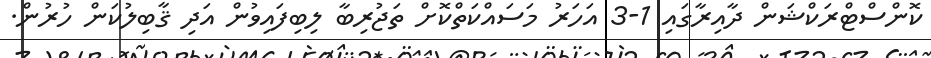
ކޮންސްޓްރަކްޝަން ދާއިރާގައި 1-3 އަހަރު މަސައްކަތްކޮށް ތަޖުރިބާ ލިބިފައިވުން އަދި ޤާބިލުކަން ހުރުން.